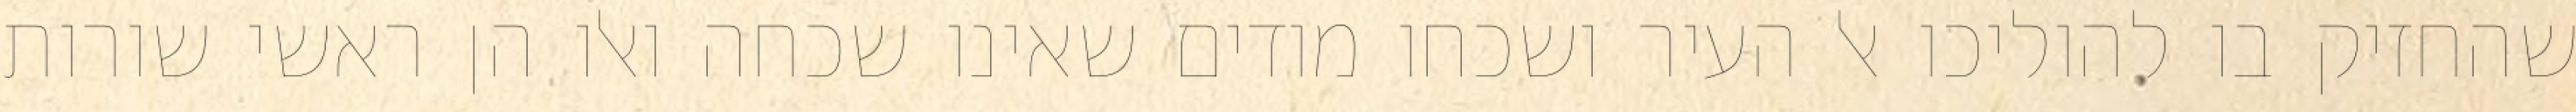
שהחזיק בו להוליכו אל העיר ושכחו מודים שאינו שכחה ואלו הן ראשי שורות